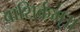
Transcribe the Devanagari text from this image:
वाशिर्कम्॥